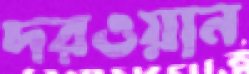
দরওয়ান